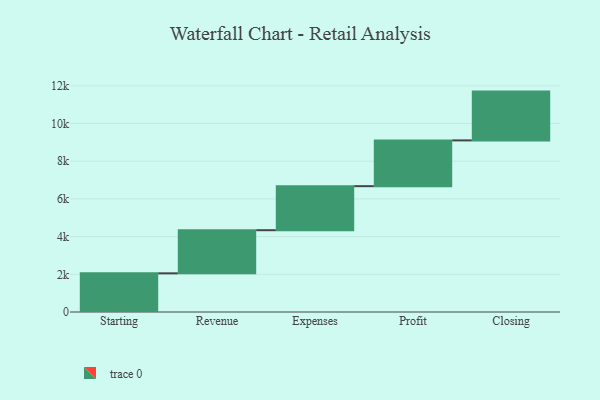
{"axis": {"x": "Step", "y": "Value"}, "legend": [""], "data": [{"x": "Starting", "y": 2051.0, "type": ""}, {"x": "Revenue", "y": 2288.0, "type": ""}, {"x": "Expenses", "y": 2336.0, "type": ""}, {"x": "Profit", "y": 2429.0, "type": ""}, {"x": "Closing", "y": 2588.0, "type": ""}]}